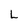
Character: L